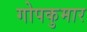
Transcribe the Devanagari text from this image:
गोपकुमार